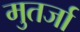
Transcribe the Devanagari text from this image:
मुतर्जा